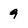
Character: 9